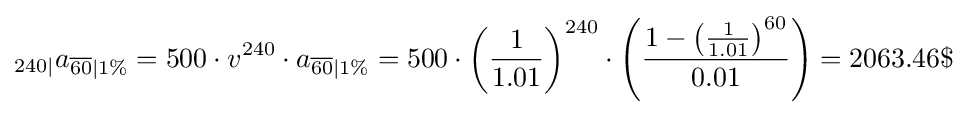
_{240|}a_{{\overline {60}}|1\%}=500\cdot v^{240}\cdot a_{{\overline {60}}|1\%}=500\cdot {\left({\frac {1}{1.01}}\right)^{240}}\cdot \left({\frac {1-{\left({\frac {1}{1.01}}\right)}^{60}}{0.01}}\right)=2063.46\$